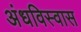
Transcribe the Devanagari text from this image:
अंधविस्वास